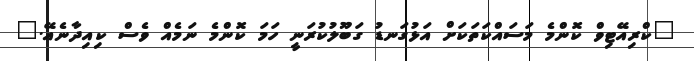
"ކްރިއޭޓިވް ކޮންމެ މަސައްކަތަކަށް އަޅުގަނޑު ގަބޫލުކުރަނީ ހަމަ ކޮންމެ ނަމެއް ވެސް ކިއިދާނެއޭ."